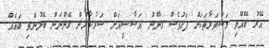
އޭރު ބޭއްވި މަޝްވަރާތަކަށް ފަހުވެސް ޤާނޫނު އަސާސީއަށް ސަރުކާރުން ގެންނަން ބޭނުންވި ބައެއް